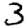
Digit: 3